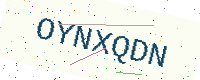
Text: OYNXQDN